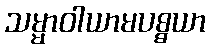
သမ္မာဝါယာမပစ္စယာ